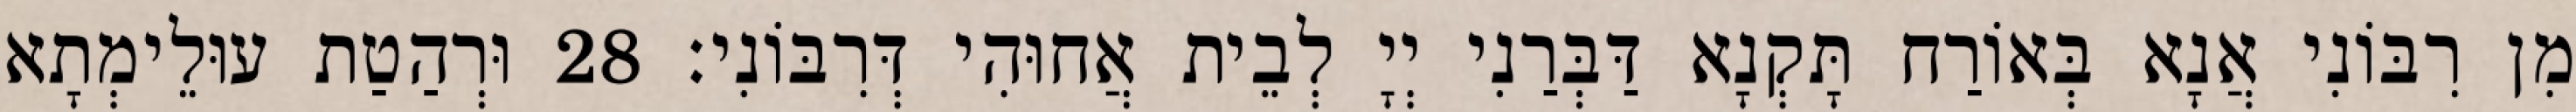
מִן רִבּוֹנִי אֲנָא בְּאוֹרַח תָּקְנָא דַּבְּרַנִי יְיָ לְבֵית אֲחוּהִי דְּרִבּוֹנִי׃ 28 וּרְהַטַת עוּלֵימְתָא